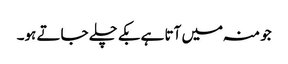
جو منہ میں آتا ہے بکے چلے جاتے ہو۔